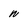
Character: n